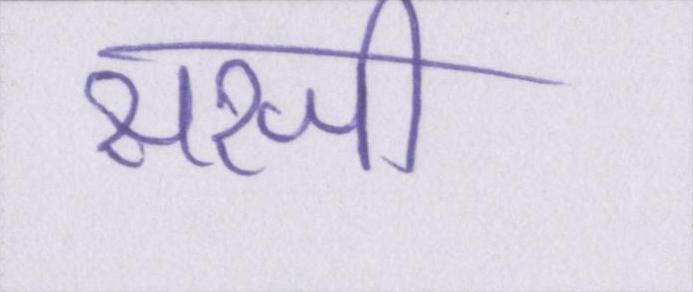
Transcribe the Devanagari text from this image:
सरजी